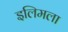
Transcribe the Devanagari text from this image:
इलिमला